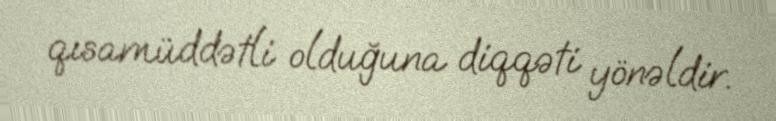
qısamüddətli olduğuna diqqəti yönəldir.